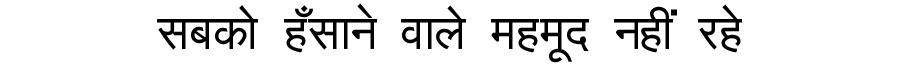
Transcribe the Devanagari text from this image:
सबको हँसाने वाले महमूद नहीं रहे